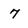
Character: 7